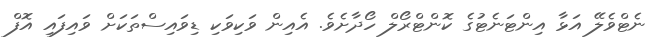
ނެޓްވެލޭ އަޅާ އިންޓަނެޓުގެ ކޮންޓްރޯލް ހޯދާށެވެ. އެއިން ވަކިވަކި ޑިވައިސްތަކަށް ވައިފައި އޮފް